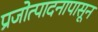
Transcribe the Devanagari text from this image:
प्रजोत्पादनापासून